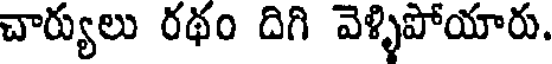
చార్యులు రథం దిగి వెళ్ళిపోయారు.